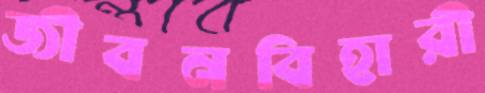
জীবনবিহারী